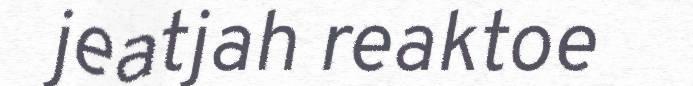
jeatjah reaktoe